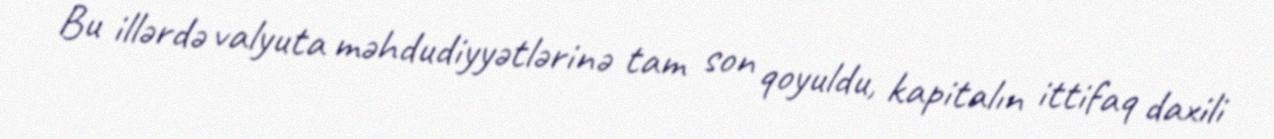
Bu illərdə valyuta məhdudiyyətlərinə tam son qoyuldu, kapitalın ittifaq daxili